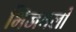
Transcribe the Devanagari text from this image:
भिजवली